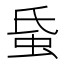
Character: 𧉜